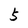
Character: 5